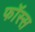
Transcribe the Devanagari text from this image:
फॉस्स